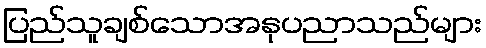
ပြည်သူချစ်သောအနုပညာသည်များ